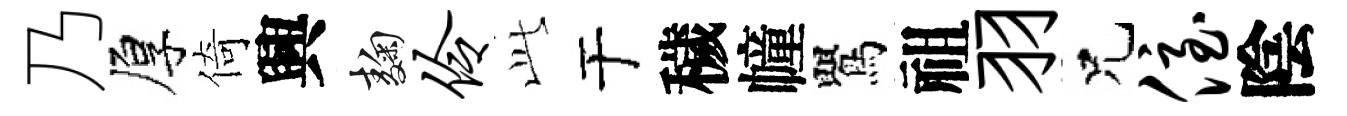
乃厚倚興麹伶𬼘于穢幢鸎祖羽兄侄陰